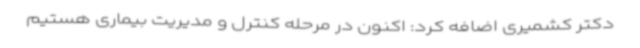
دکتر کشمیری اضافه کرد: اکنون در مرحله کنترل و مدیریت بیماری هستیم